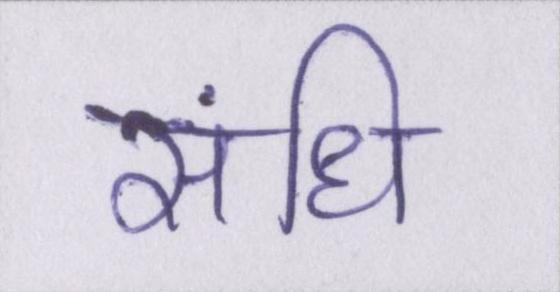
संधि